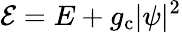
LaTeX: \mathcal{E}=E+g_{\mathrm{c}}|\psi|^{2}